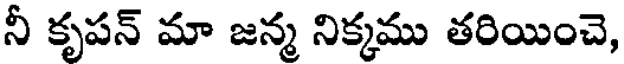
నీ కృపన్ మా జన్మ నిక్కము తరియించె,